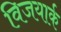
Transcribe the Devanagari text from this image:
विजयार्क